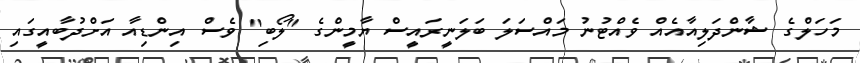
މަަހަލްގެ ޝާންދަލިއާއެއް ވެއްޓުނު މައްސަލަ ބަލަނީރައީސް ޔާމީންގެ "ލޯބި" ވެސް އިންޑިއާ އަށްދުބާއީގައި